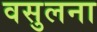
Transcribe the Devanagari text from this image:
वसुलना